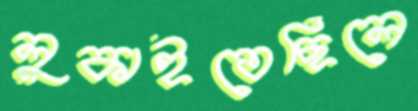
লুকাইতেছিলে